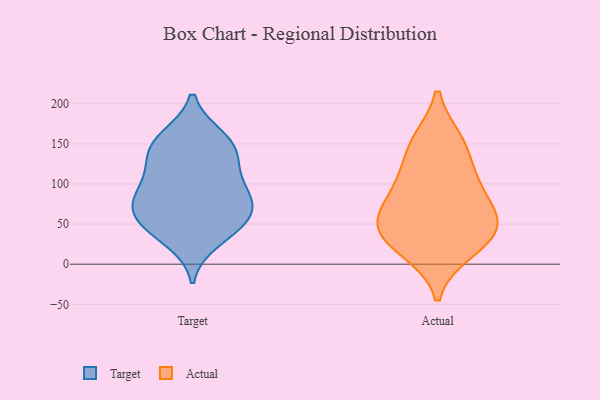
{"axis": {"x": "Gross Profit (USD K)", "y": "Value"}, "legend": ["Actual", "Target"], "data": [{"x": "", "y": 87, "type": "Target"}, {"x": "", "y": 100, "type": "Target"}, {"x": "", "y": 146, "type": "Target"}, {"x": "", "y": 60, "type": "Target"}, {"x": "", "y": 131, "type": "Target"}, {"x": "", "y": 45, "type": "Target"}, {"x": "", "y": 82, "type": "Target"}, {"x": "", "y": 62, "type": "Target"}, {"x": "", "y": 30, "type": "Target"}, {"x": "", "y": 127, "type": "Target"}, {"x": "", "y": 53, "type": "Target"}, {"x": "", "y": 158, "type": "Target"}, {"x": "", "y": 84, "type": "Target"}, {"x": "", "y": 155, "type": "Target"}, {"x": "", "y": 43, "type": "Actual"}, {"x": "", "y": 44, "type": "Actual"}, {"x": "", "y": 98, "type": "Actual"}, {"x": "", "y": 70, "type": "Actual"}, {"x": "", "y": 153, "type": "Actual"}, {"x": "", "y": 55, "type": "Actual"}, {"x": "", "y": 154, "type": "Actual"}, {"x": "", "y": 21, "type": "Actual"}, {"x": "", "y": 16, "type": "Actual"}, {"x": "", "y": 93, "type": "Actual"}, {"x": "", "y": 121, "type": "Actual"}, {"x": "", "y": 49, "type": "Actual"}]}